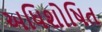
અધિશોષિત